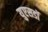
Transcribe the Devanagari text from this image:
युएसडॉ